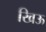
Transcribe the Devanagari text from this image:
खिऊ